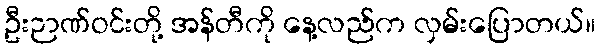
ဦးဉာဏ်ဝင်းတို့ အန်တီကို နေ့လည်က လှမ်းပြောတယ်။